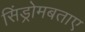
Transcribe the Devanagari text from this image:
सिंड्रोमबताए